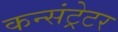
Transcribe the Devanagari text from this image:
कन्संट्रेटर